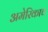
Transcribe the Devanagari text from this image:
अमेरिकाच